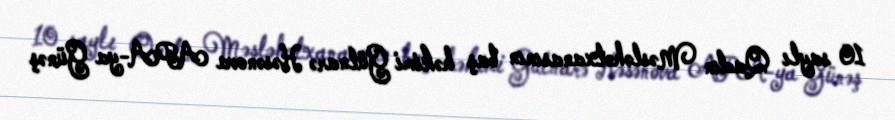
10 saylı Qadın Məsləhətxanasının baş həkimi Gülnarə Həsənova APA-ya Günəş